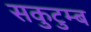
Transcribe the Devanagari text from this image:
सकुटुम्ब